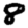
Digit: 8